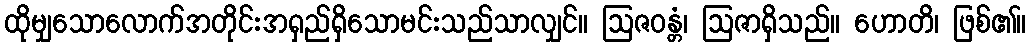
ထိုမျှသောလောက်အတိုင်းအရှည်ရှိသောမင်းသည်သာလျှင်။ ဩဇဝန္တံ၊ ဩဇာရှိသည်။ ဟောတိ၊ ဖြစ်၏။